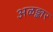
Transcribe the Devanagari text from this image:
अळङ्कार